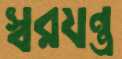
স্বরযন্ত্র